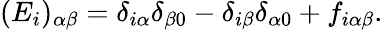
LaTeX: (E_{i})_{\alpha\beta}=\delta_{i\alpha}\delta_{\beta 0}-\delta_{i\beta}\delta_{\alpha 0}+f_{i\alpha\beta}.